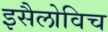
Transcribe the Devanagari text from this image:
इसैलोविच